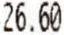
26.60